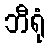
ဘီရုံ